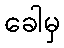
ခေါမှ